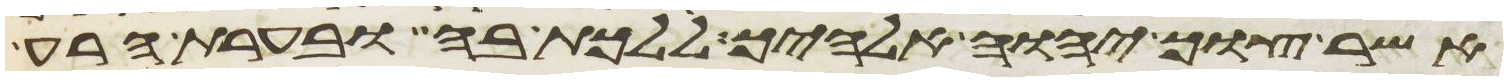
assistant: אשר צוך יהוה אלהיך ללכת בה ובערת הרע